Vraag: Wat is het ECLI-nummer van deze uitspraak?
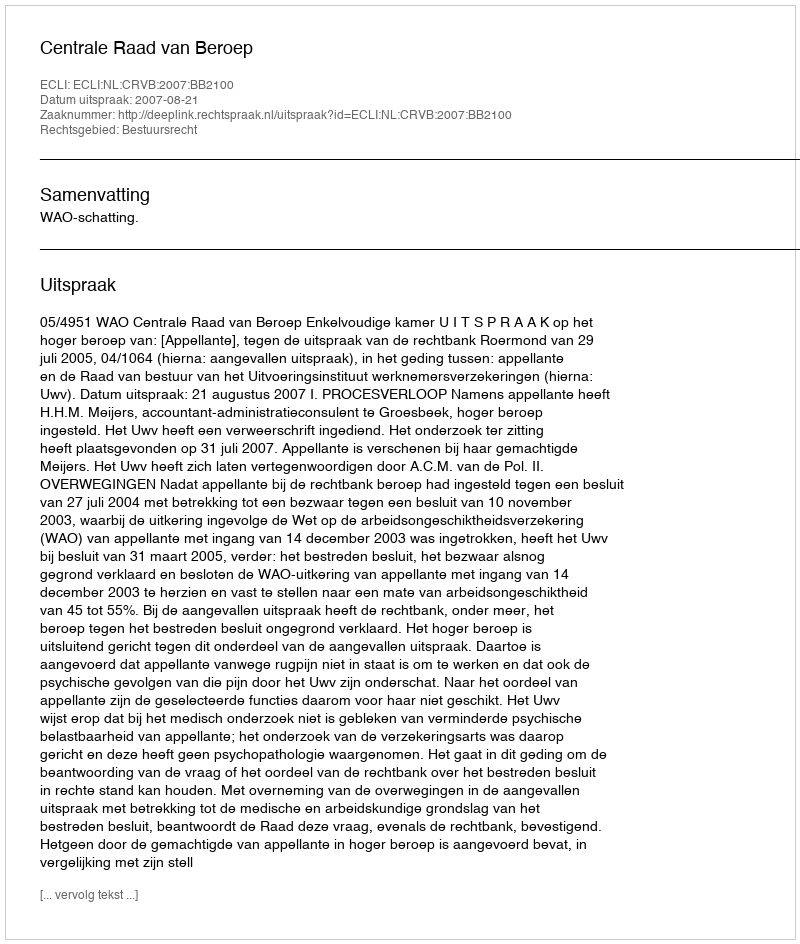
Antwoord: ECLI:NL:CRVB:2007:BB2100